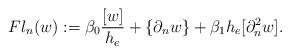
LaTeX: \begin{align*}Fl_n(w):=\beta_0 \frac{[w]}{h_e} +\{\partial_n w\}+\beta_1h_e[\partial_n^2 w].\end{align*}